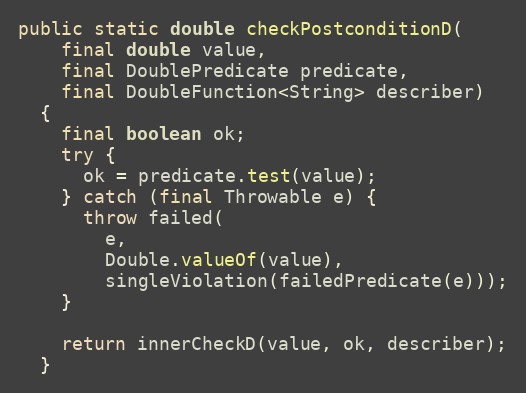
Language: Java
public static double checkPostconditionD(
    final double value,
    final DoublePredicate predicate,
    final DoubleFunction<String> describer)
  {
    final boolean ok;
    try {
      ok = predicate.test(value);
    } catch (final Throwable e) {
      throw failed(
        e,
        Double.valueOf(value),
        singleViolation(failedPredicate(e)));
    }

    return innerCheckD(value, ok, describer);
  }